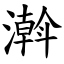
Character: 濣